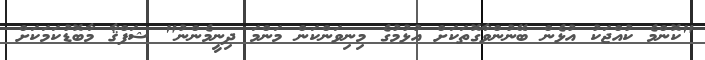
"ކޮންމެ ކުއްޖަކު އުޅެން ބޭނުންވާގޮތަކަށް އުޅުމުގެ މިނިވަންކަން މަންމަ ދިނީމެންނު" ޝަފްޤާ މާބޮޑުކަމަކަށް